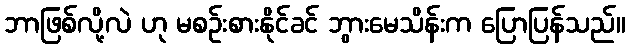
ဘာဖြစ်လို့လဲ ဟု မစဉ်းစားနိုင်ခင် ဘွားမေသိန်းက ပြောပြန်သည်။